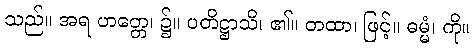
သည်။ အရ ဟတ္တေ၊ ၌။ ပတိဋ္ဌာသိ၊ ၏။ တထာ၊ ဖြင့်။ ဓမ္မံ၊ ကို။